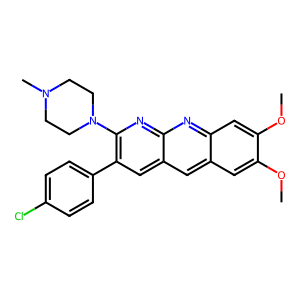
SMILES: COc1cc2cc3cc(-c4ccc(Cl)cc4)c(N4CCN(C)CC4)nc3nc2cc1OC
Inhibits HIV replication: No